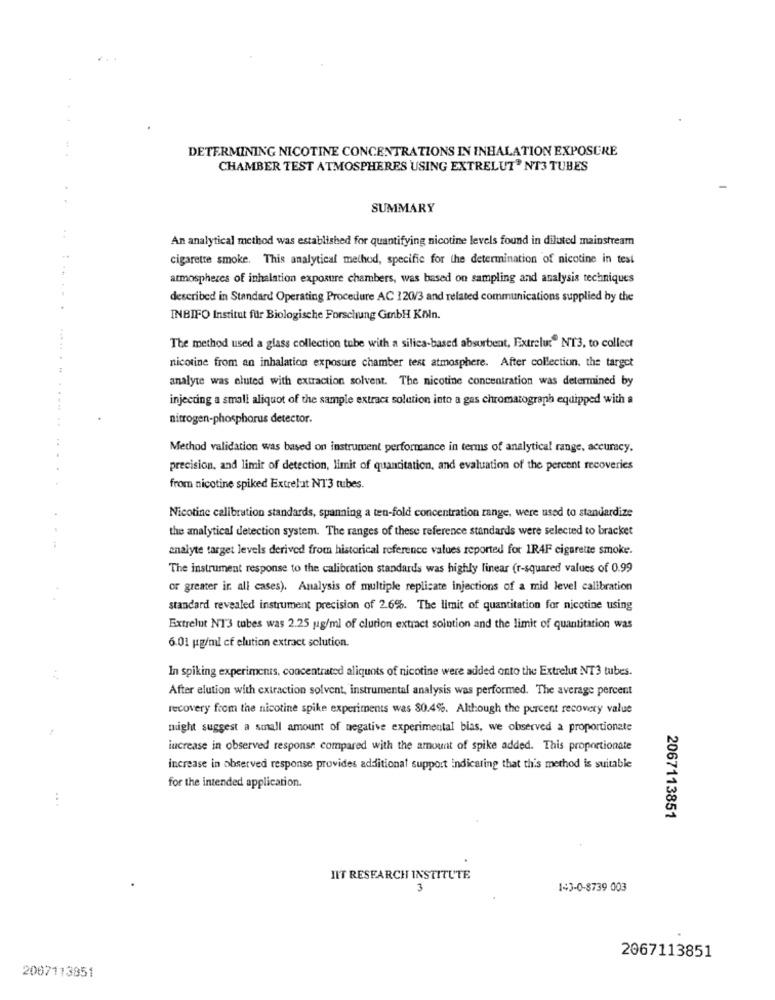
DETERMINING NICOTINE CONCENTRATIONS IN INHALATION EXPOSURE
CHAMBER TEST ATMOSPHERES USING EXTRELUT' NT3 TUBES
SUMMARY
An analytical method was established for quantifying nicotine levels found in diluted mainstream
cigarette smoke. This analytical method, specific for the determination of nicotine in test
atmospheres of inhalation exposure chambers, was based on sampling and analysis techniques
described in Standard Operating Procedure AC 120/3 and related communications supplied by the
INBIFO Institut für Biologische Forschung GmbH Köln.
The method used a glass collection tube with a silica-based absorbent, Extrelut" NT3, to collect
nicotine from an inhalation exposure chamber test atmosphere. After collection. the target
analyte was eluted with extraction solvent. The nicotine concentration was determined by
injecting a small aliquot of the sample extract solution into a gas chromatograph equipped with a
nitrogen-phosphorus detector.
Method validation was based on instrument performance in terms of analytical range, accuracy.
precision, and limit of detection, limit of quantitation, and evaluation of the percent recoveries
from nicotine spiked Extrelat NT3 tubes.
Nicotine calibration standards, spanning a ten-fold concentration range, were used to standardize
the analytical detection system. The ranges of these reference standards were selected to bracket
analyte target levels derived from historical reference values reported for 1R4F cigarette smoke.
The instrument response to the calibration standards was highly linear (r-squared values of 0.99
or greater ir. all cases). Analysis of multiple replicate injections of a mid level calibration
standard revealed instrument precision of 2.6%. The limit of quantitation for nicotine using
Extrelut NT3 tubes was 2.25 ug/ml of clution extract sointion and the limit of quantitation was
6.01 pg/ml cf elution extract solution.
In spiking experiments, concentrated aliquots of nicotine were added onto the Extrelut NT3 tubes.
After elution with extraction solvent, instrumental analysis was performed. The average percent
recovery from the nicotine spike experiments was 80.4%. Although the percent recovery value
might suggest a small amount of negative experimental bias, we observed a proportionate
increase in observed response compared with the amount of spike added. This proportionate
increase in observed response provides additional support indicating that this method is suitable
for the intended application.
...
2067113851
IIT RESEARCH INSTITUTE
3
143-0-8739 003
2067113851
2007113851